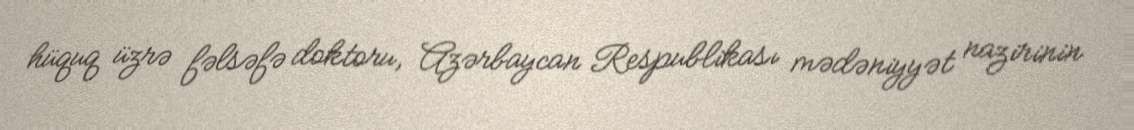
hüquq üzrə fəlsəfə doktoru, Azərbaycan Respublikası mədəniyyət nazirinin